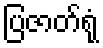
ပြဇာတ်ရုံ